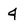
Character: 4